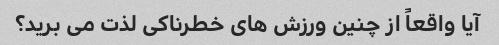
آیا واقعاً از چنین ورزش های خطرناکی لذت می برید؟